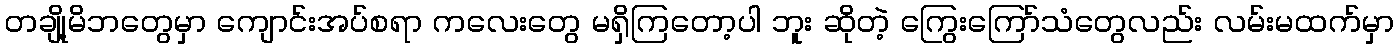
တချို့မိဘတွေမှာ ကျောင်းအပ်စရာ ကလေးတွေ မရှိကြတော့ပါ ဘူး ဆိုတဲ့ ကြွေးကြော်သံတွေလည်း လမ်းမထက်မှာ